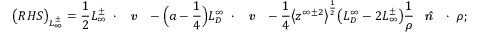
\big ( R H S \big ) _ { L _ { \infty } ^ { \pm } } = \frac { 1 } { 2 } L _ { \infty } ^ { \pm } \mathbf { \nabla } \cdot \textbf { \emph { v } } - \Big ( a - \frac { 1 } { 4 } \Big ) L _ { D } ^ { \infty } \mathbf { \nabla } \cdot \textbf { \emph { v } } - \frac { 1 } { 4 } \big < z ^ { \infty \pm 2 } \big > ^ { \frac { 1 } { 2 } } \big ( L _ { D } ^ { \infty } - 2 L _ { \infty } ^ { \pm } \big ) \frac { 1 } { \rho } \textbf { \emph { \^ n } } \cdot \mathbf { \nabla } \rho ;